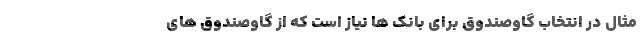
مثال در انتخاب گاوصندوق برای بانک­ ها نیاز است که از گاوصندوق­ های